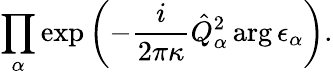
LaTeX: \prod_{\alpha}\exp\left(-\frac{i}{2\pi\kappa}\hat{Q}_{\alpha}^{2}\arg\epsilon_{\alpha}\right).